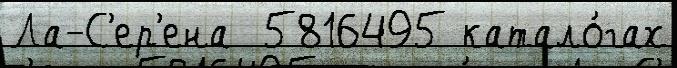
Ла-С'ер'ена  5816495 катало́гах